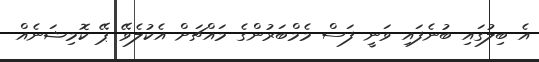
އެ ބިލުގައި ބުނެފައި ވަނީ ފަސް މެމްބަރުންގެ މައްޗަށް އެކުލެވޭ ޕޭ ކޮމިޝަނެއް